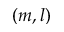
( m , l )